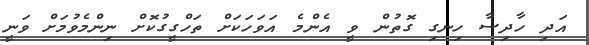
އަދި ހާދިސާ ހިނގި ގޮތުން ވީ އެންމެ އަވަހަކަށް ތަހްގީގުކޮށް ނިންމެވުމަށް ވަނީ